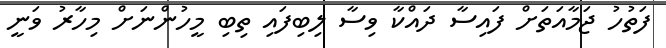
ފަތުހު ޖަމާއަތަށް ފައިސާ ދައްކާ ވިސާ ލިބިފައި ތިބި މީހުންނަށް މިހާރު ވަނީ